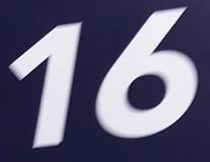
16